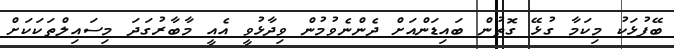
ބޭފުޅަކު މިކަމާ ގުޅޭ ގޮތުން ބައިޑަންއަށް ދެންނެވުމުން ވިދާޅުވީ އެއީ މާބާރުގަދަ މިސައިލްތަކަކަށް